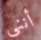
أنني